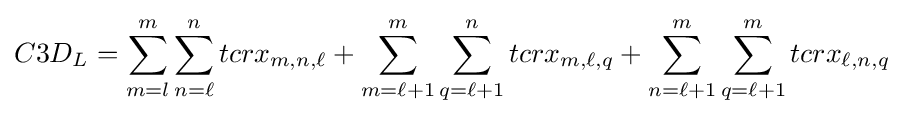
C3D_{L}=\sum _{m=l}^{m}\sum _{n=\ell }^{n}tcrx_{m,n,\ell }+\sum _{m=\ell +1}^{m}\sum _{q=\ell +1}^{n}tcrx_{m,\ell ,q}+\sum _{n=\ell +1}^{m}\sum _{q=\ell +1}^{m}tcrx_{\ell ,n,q}